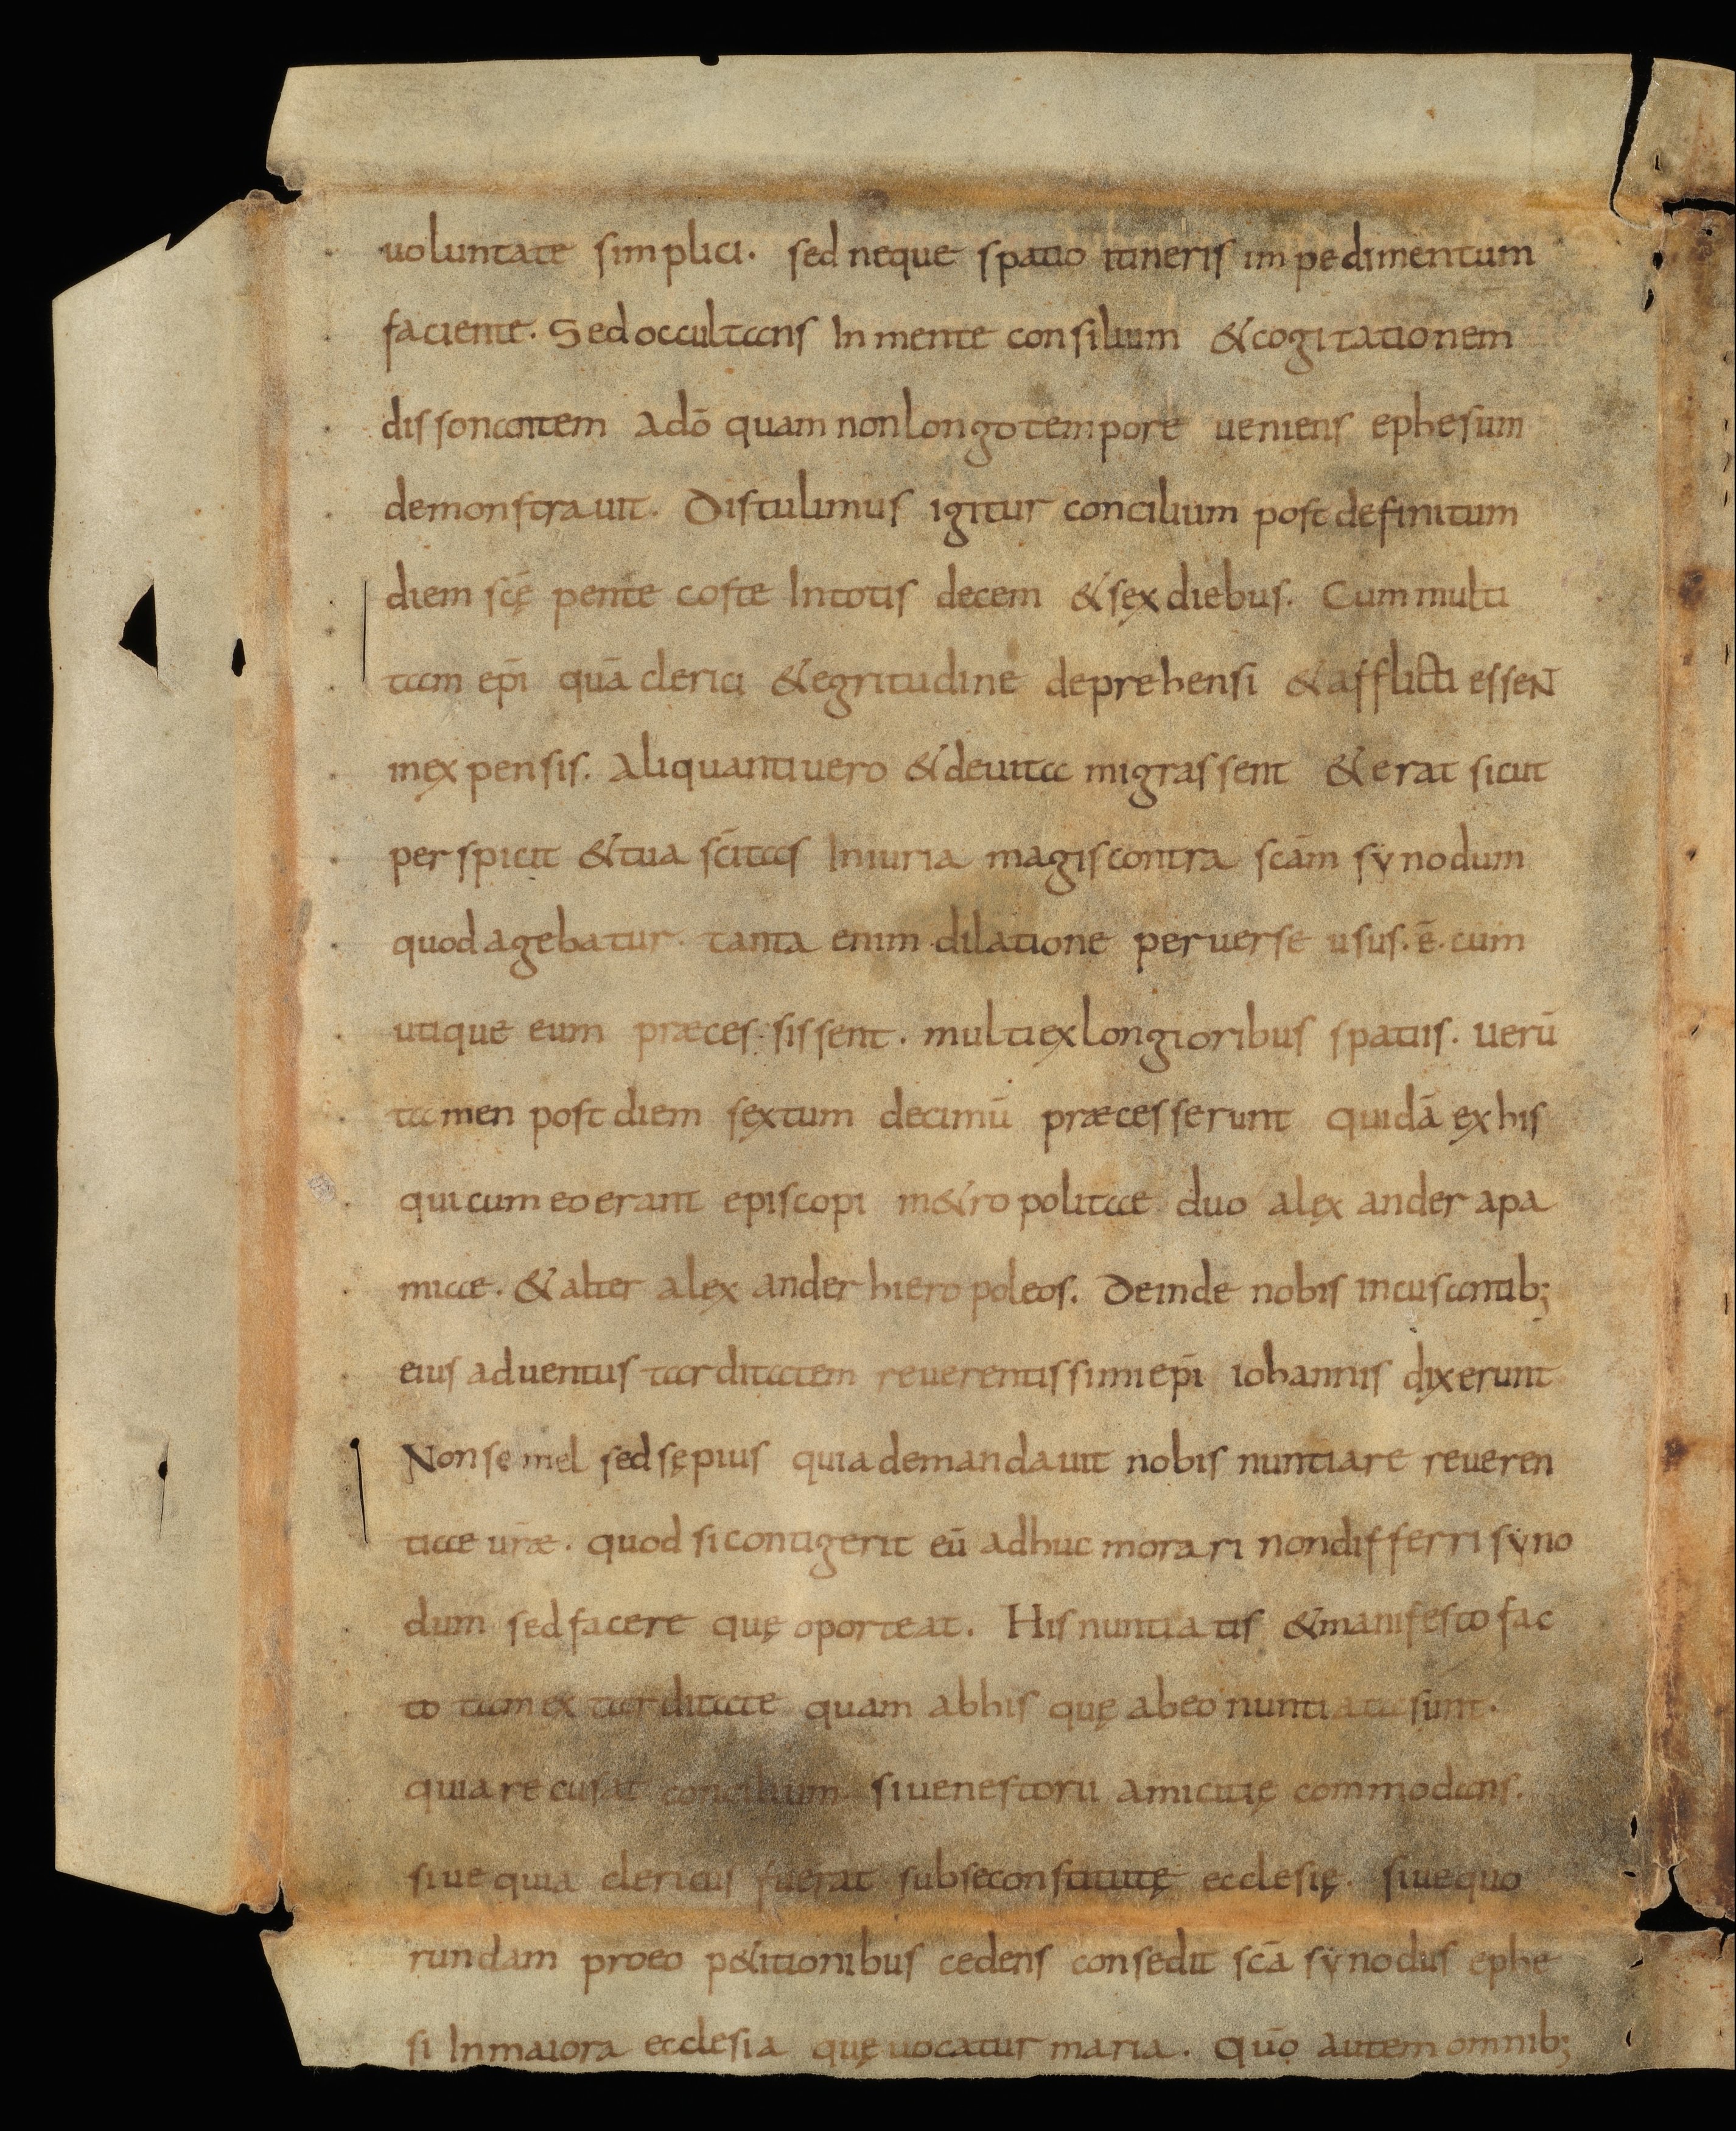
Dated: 834–865